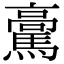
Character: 𩥊